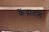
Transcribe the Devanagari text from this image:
केंद्रातले